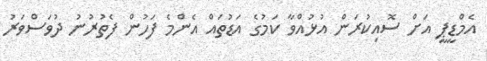
އެމްޑީޕީ އަށް ސޮއިކުރަން އުޅުއްވާ ކަމުގެ އަޑުތައް އެންމެ ފަހުން ފެތުރުނު ދުވަސްވަރު